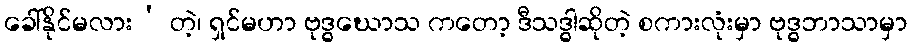
ခေါ်နိုင်မလား’ တဲ့၊ ရှင်မဟာ ဗုဒ္ဓဃောသ ကတော့ ဒီသဒ္ဓါဆိုတဲ့ စကားလုံးမှာ ဗုဒ္ဓဘာသာမှာ